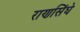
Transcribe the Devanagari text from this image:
राणसिंघे